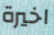
اخيرة